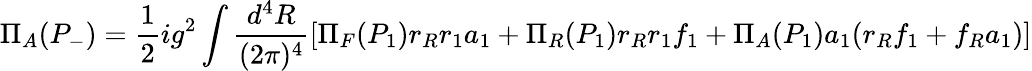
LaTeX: \Pi_{A}(P_{-})=\frac{1}{2}ig^{2}\int\frac{d^{4}R}{(2\pi)^{4}}[\Pi_{F}(P_{1})r_{R}r_{1}a_{1}+\Pi_{R}(P_{1})r_{R}r_{1}f_{1}+\Pi_{A}(P_{1})a_{1}(r_{R}f_{1}+f_{R}a_{1})]